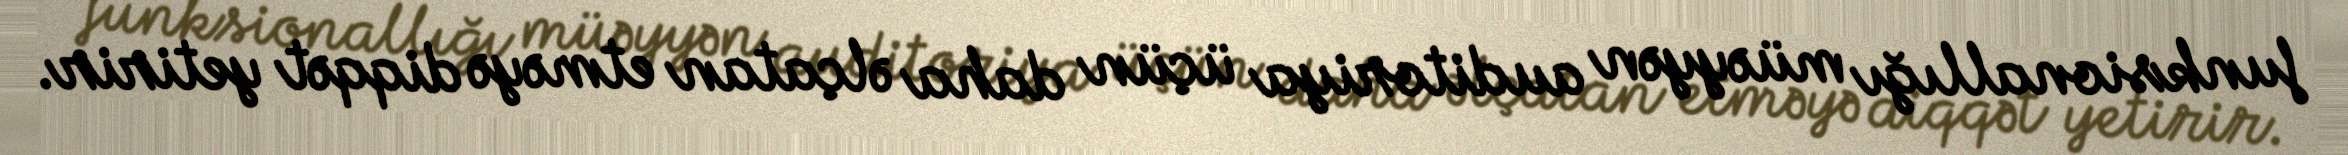
funksionallığı müəyyən auditoriya üçün daha əlçatan etməyə diqqət yetirir.